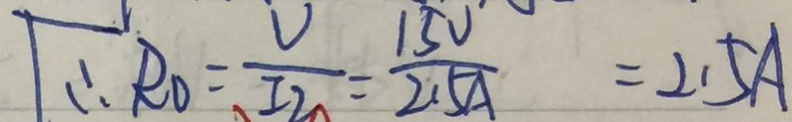
\therefore R _ { 0 } = \frac { U } { I _ { 2 } } = \frac { 1 5 V } { 2 . 5 A } = 2 . 5 A